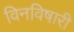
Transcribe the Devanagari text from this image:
विनविषारी